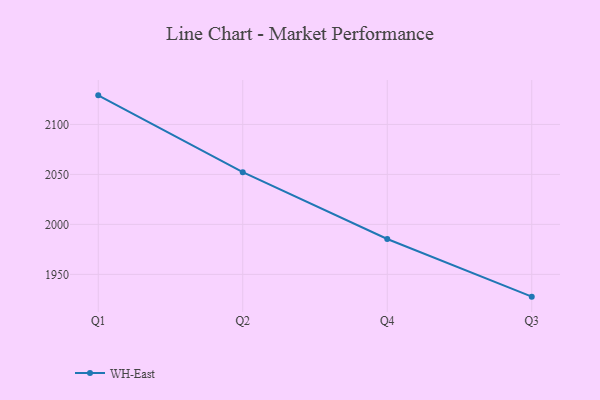
{"axis": {"x": "Quarter", "y": "Market Share (%)"}, "legend": ["WH-East"], "data": [{"x": "Q1", "y": 2129.1, "type": "WH-East"}, {"x": "Q2", "y": 2052.2, "type": "WH-East"}, {"x": "Q4", "y": 1985.4, "type": "WH-East"}, {"x": "Q3", "y": 1927.7, "type": "WH-East"}]}